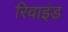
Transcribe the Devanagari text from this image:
रिवाइंड